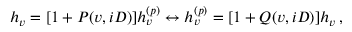
h _ { v } = [ 1 + P ( v , i D ) ] h _ { v } ^ { ( p ) } \leftrightarrow h _ { v } ^ { ( p ) } = [ 1 + Q ( v , i D ) ] h _ { v } \, ,